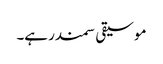
موسیقی سمندر ہے۔